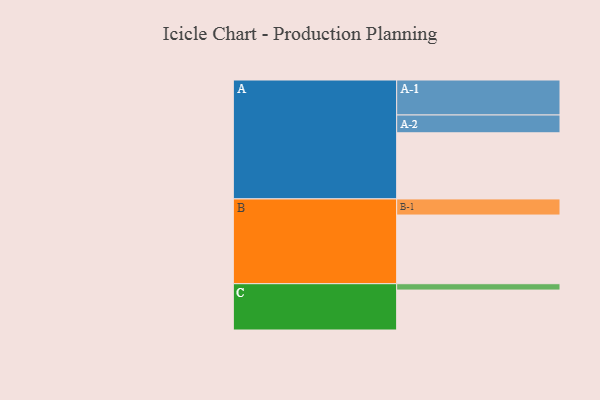
{"axis": {"x": "Segment", "y": "Value"}, "legend": ["", "A", "B", "C"], "data": [{"x": "A", "y": 550, "type": ""}, {"x": "B", "y": 571, "type": ""}, {"x": "C", "y": 332, "type": ""}, {"x": "A-1", "y": 291, "type": "A"}, {"x": "A-2", "y": 148, "type": "A"}, {"x": "B-1", "y": 134, "type": "B"}, {"x": "C-1", "y": 53, "type": "C"}]}